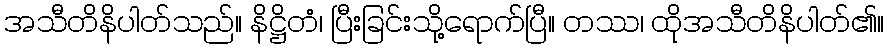
အသီတိနိပါတ်သည်။ နိဋ္ဌိတံ၊ ပြီးခြင်းသို့ရောက်ပြီ။ တဿ၊ ထိုအသီတိနိပါတ်၏။